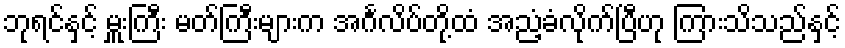
ဘုရင်နှင့် မှူးကြီး မတ်ကြီးများက အင်္ဂလိပ်တို့ထံ အညံ့ခံလိုက်ပြီဟု ကြားသိသည်နှင့်